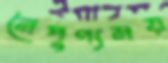
নৈপুণ্যময়